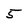
Character: 5